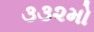
૩૩૨મો